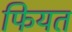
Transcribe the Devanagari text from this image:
फियत